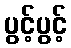
ပွင့်ပွင့်